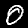
Digit: 0